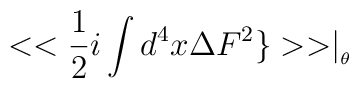
<<\frac{1}{2}i\int d^{4}x\Delta F^{2}\}>>\mid _{_{\theta }}